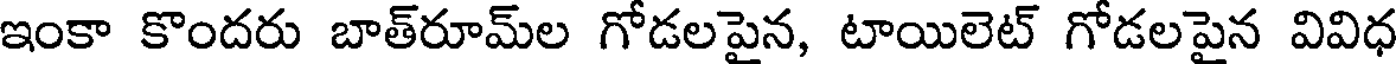
ఇంకా కొందరు బాత్రూమ్ల గోడలపైన, టాయిలెట్ గోడలపైన వివిధ